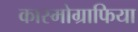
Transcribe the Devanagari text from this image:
कास्मोग्राफिया